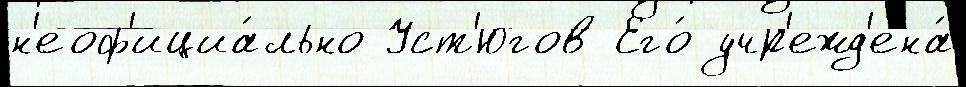
н'еоф'ициа́льно Уст'югов Его́ учр'ежд'ена́